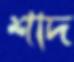
শাদ